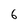
Character: 6